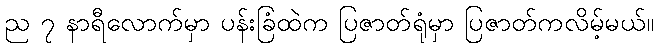
ည ၇ နာရီလောက်မှာ ပန်းခြံထဲက ပြဇာတ်ရုံမှာ ပြဇာတ်ကလိမ့်မယ်။